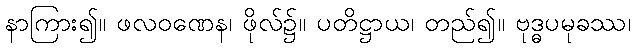
နာကြား၍။ ဖလဝဏေန၊ ဖိုလ်၌။ ပတိဋ္ဌာယ၊ တည်၍။ ဗုဒ္ဓပမုခဿ၊